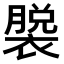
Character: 𫌎